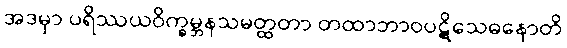
အဒမှာ ပရိဿယဝိက္ခမ္ဘနသမတ္ထတာ တထာဘာဝပဋိသေဓနောတိ